Rules and regulations of the Bombay Veterinary College
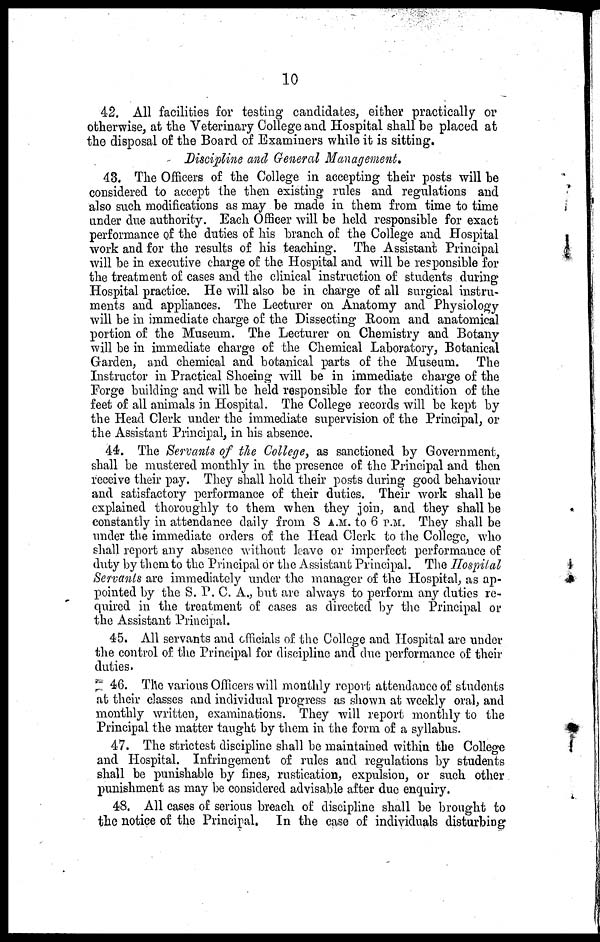
10
42. All facilities for testing candidates, either practically or
otherwise, at the Veterinary College and Hospital shall be placed at
the disposal of the Board of Examiners while it is sitting.
Discipline and General Management.
43. The Officers of the College in accepting their posts will be
considered to accept the then existing rules and regulations and
also such modifications as may be made in them from time to time
under due authority. Each Officer will be held responsible for exact
performance of the duties of his branch of the College and Hospital
work and for the results of his teaching. The Assistant Principal
will be in executive charge of the Hospital and will be responsible for
the treatment of cases and the clinical instruction of students during
Hospital practice. He will also be in charge of all surgical instru-
ments and appliances. The Lecturer on Anatomy and Physiology
will be in immediate charge of the Dissecting Room and anatomical
portion of the Museum. The Lecturer on Chemistry and Botany
will be in immediate charge of the Chemical Laboratory, Botanical
Garden, and chemical and botanical parts of the Museum. The
Instructor in Practical Shoeing will be in immediate charge of the
Forge building and will be held responsible for the condition of the
feet of all animals in Hospital. The College records will be kept by
the Head Clerk under the immediate supervision of the Principal, or
the Assistant Principal, in his absence.
44. The Servants of the College, as sanctioned by Government,
shall be mustered monthly in the presence of the Principal and then
receive their pay. They shall hold their posts during good behaviour
and satisfactory performance of their duties. Their work shall be
explained thoroughly to them when they join, and they shall be
constantly in attendance daily from 8 A.M. to 6 P.M.. They shall be
under the immediate orders of the Head Clerk to the College, who
shall report any absence without leave or imperfect performance of
duty by them to the Principal or the Assistant Principal. The Hospital
Servants are immediately under the manager of the Hospital, as ap-
pointed by the S. P. C. A., but are always to perform any duties re-
quired in the treatment of cases as directed by the Principal or
the Assistant Principal.
45. All servants and officials of the College and Hospital are under
the control of the Principal for discipline and due performance of their
duties.
46. The various Officers will monthly report attendance of students
at their classes and individual progress as shown at weekly oral, and
monthly written, examinations. They will report monthly to the
Principal the matter taught by them in the form of a syllabus.
47. The strictest discipline shall be maintained within the College
and Hospital. Infringement of rules and regulations by students
shall be punishable by fines, rustication, expulsion, or such other
punishment as may be considered advisable after due enquiry.
48. All cases of serious breach of discipline shall be brought to
the notice of the Principal. In the case of individuals disturbing